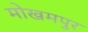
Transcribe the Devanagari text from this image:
मोखमपुर